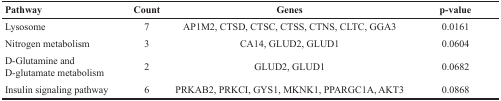
| Pathway | Count | Genes | p-value |
 | --- | --- | --- | --- |
 | Lysosome | 7 | AP1M2, CTSD, CTSC, CTSS, CTNS, CLTC, GGA3 | 0.0161 |
 | Nitrogen metabolism | 3 | CA14, GLUD2, GLUD1 | 0.0604 |
 | D-Glutamine and D-glutamate metabolism | 2 | GLUD2, GLUD1 | 0.0682 |
 | Insulin signaling pathway | 6 | PRKAB2, PRKCI, GYS1, MKNK1, PPARGC1A, AKT3 | 0.0868 |